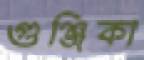
গুঞ্জিকা